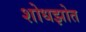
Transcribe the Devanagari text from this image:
शोधझोत